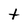
Character: t